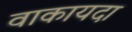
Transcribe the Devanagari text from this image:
वाकायदा